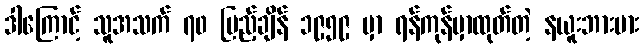
ဒါကြောင့် သူအသက် ၇၀ ပြည့်ချိန် ၁၉၅၉ မှာ ရန်ကုန်မှာထုတ်တဲ့ နယူးဘားမား